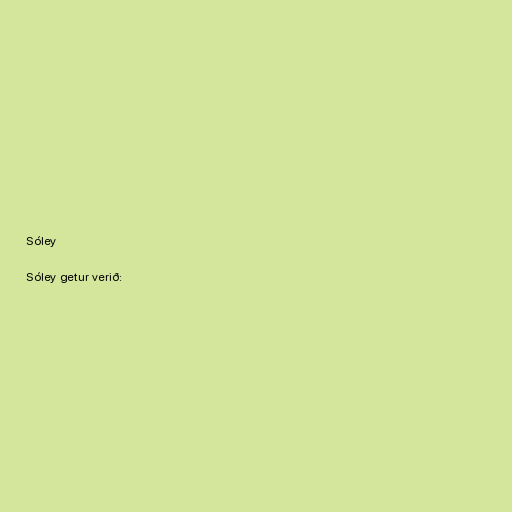
Sóley

Sóley getur verið: